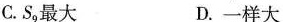
C.S_{9}最大 D.一样大